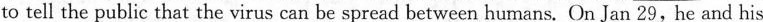
to tell the public that the virus can be spread between humans. On Jan 29, he and his